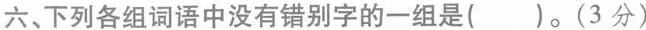
六、下列各组词语中没有错别字的一组是( )。(3分)